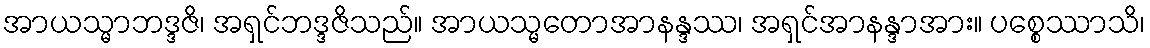
အာယသ္မာဘဒ္ဒဇိ၊ အရှင်ဘဒ္ဒဇိသည်။ အာယသ္မတောအာနန္ဒဿ၊ အရှင်အာနန္ဒာအား။ ပစ္စေဿာသိ၊